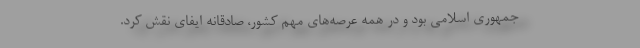
جمهوری اسلامی بود و در همه عرصه‌های مهم کشور، صادقانه ایفای نقش کرد.